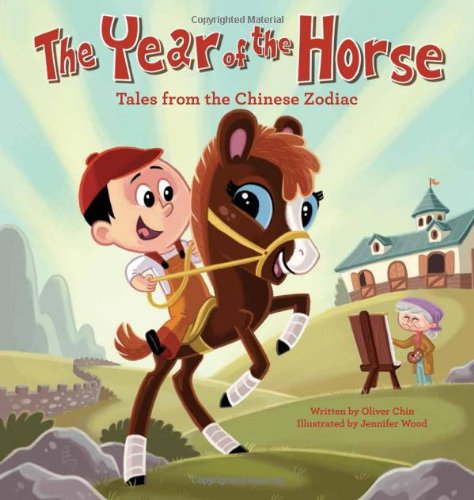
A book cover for The Year of the Horse: Tales from the Chinese Zodiac; Oliver Chin; Children's Books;